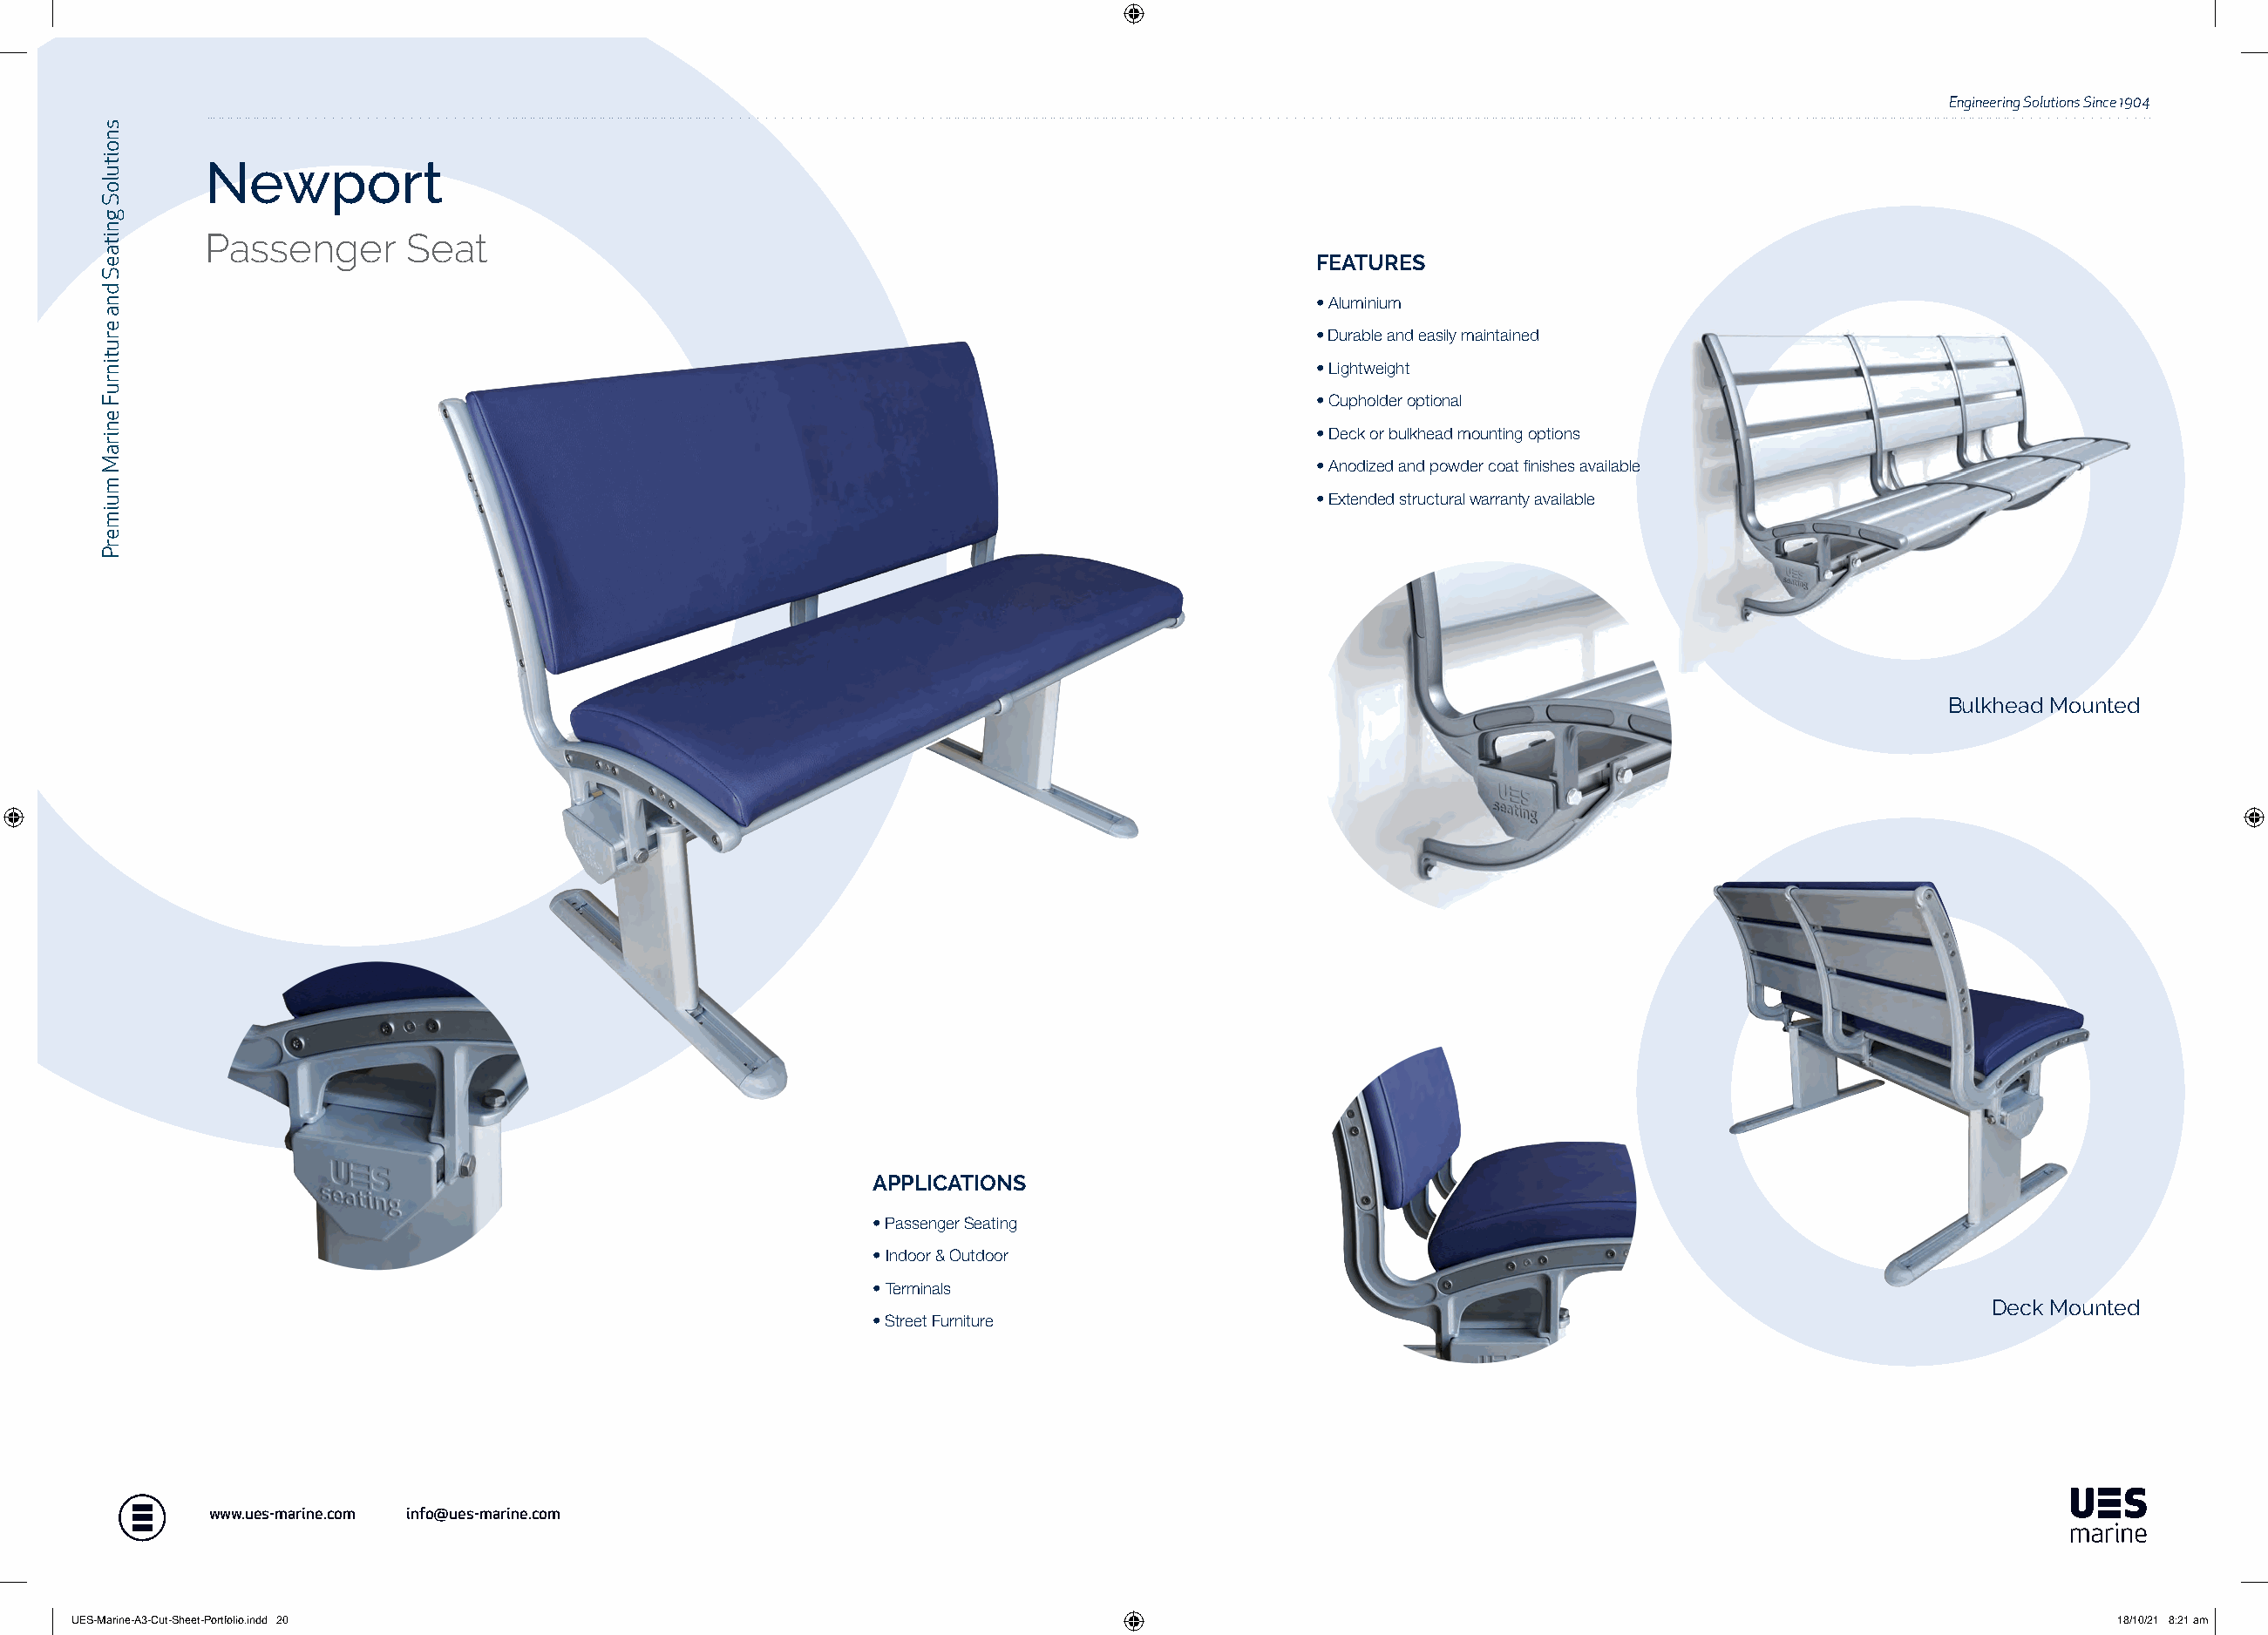
Engineering Solutions Since 1904
 Newport
 Passenger      Seat
 FEATURES
 • Aluminium
 • Durable and easily maintained
 • Lightweight
 • Cupholder optional
 • Deck or bulkhead mounting options
 • Anodized and powder coat finishes available
 • Extended structural warranty available
 Bulkhead Mounted
 APPLICATIONS
 • Passenger Seating
 • Indoor & Outdoor
 • Terminals
 Deck Mounted
 • Street Furniture
 www.ues-marine.com info@ues-marine.com
 UUEESS--MMaarriinnee--AA33--CCuutt--SShheeeett--PPoorrttffoolliioo..iinndddd 2200                                                                           1188//1100//2211 88::2211 aamm
 snoituloS
 gnitaeS
 dna
 erutinruF
 eniraM
 muimerP